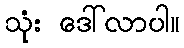
သုံး ဒေါ်လာပါ။